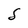
Character: S